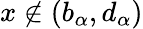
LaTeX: x\not\in(b_{\alpha},d_{\alpha})